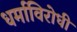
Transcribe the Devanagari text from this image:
धर्माविरोधी